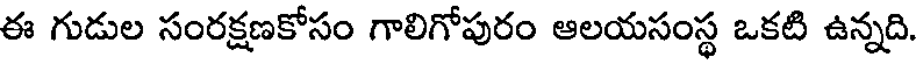
ఈ గుడుల సంరక్షణకోసం గాలిగోపురం ఆలయసంస్థ ఒకటి ఉన్నది.